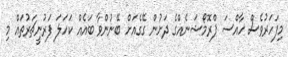
މިފަހަރުވެސް ހާއްސަ ޕްރޮމޯޝަނެއްގެ ދަށުން ގޭގެއަށް ބޭނުންވާ ބައެއް ކަހަލަ ފަރުނީޗަރުތައް މި